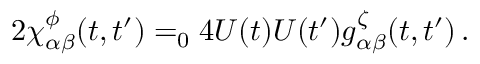
2 \chi _ { \alpha \beta } ^ { \phi } ( t , t ^ { \prime } ) = _ { 0 } 4 U ( t ) U ( t ^ { \prime } ) g _ { \alpha \beta } ^ { \zeta } ( t , t ^ { \prime } ) \, .